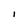
Character: i